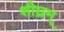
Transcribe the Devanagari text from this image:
शीघ्रम्